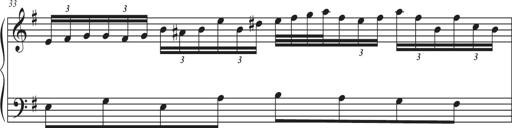
Title: Sonatina Espania
Composer: Jerald Franklin Archer
Key: Various